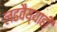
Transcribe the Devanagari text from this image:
लढवैय्याही